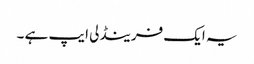
یہ ایک فرینڈلی ایپ ہے ۔